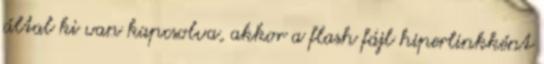
által ki van kapcsolva, akkor a flash fájl hiperlinkként